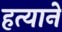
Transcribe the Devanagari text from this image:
हत्याने